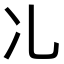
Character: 𠖬